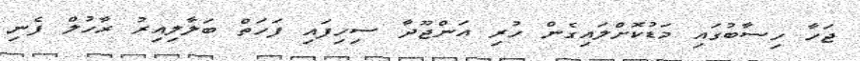
ޖަހާ ހިސާބުގައި މަޑުކޮށްލައިގެން ހުރި އަންޖޫދާ ސިހިފައި ފަހަތް ބަލާލިއިރު ރާހުލް ފެނި